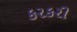
કરકરી